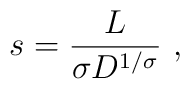
s = {L\over \sigma D^{1/\sigma}}\ ,